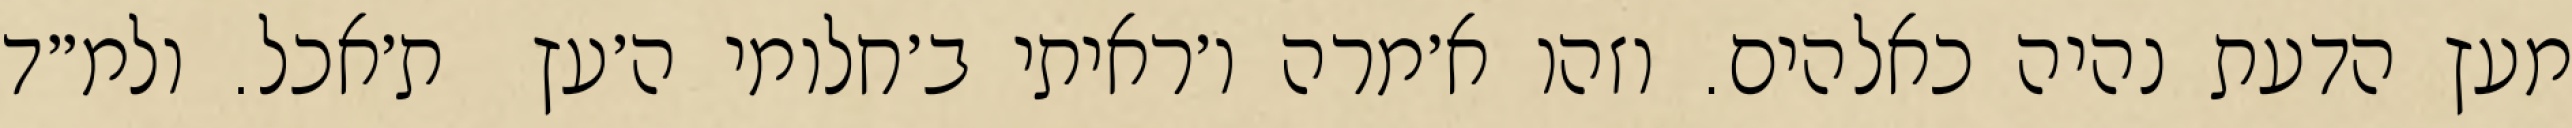
מעץ הדעת נהיה כאלהים. וזהו א׳מרה ו׳ראיתי ב׳חלומי ה׳עץ  ת׳אכל. ולמ״ד